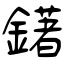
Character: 鐯